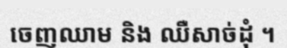
ចេញឈាម និង ឈឺសាច់ដុំ ។